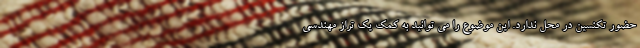
حضور تکنسین در محل ندارد. این موضوع را می توانید به کمک یک تراز مهندسی